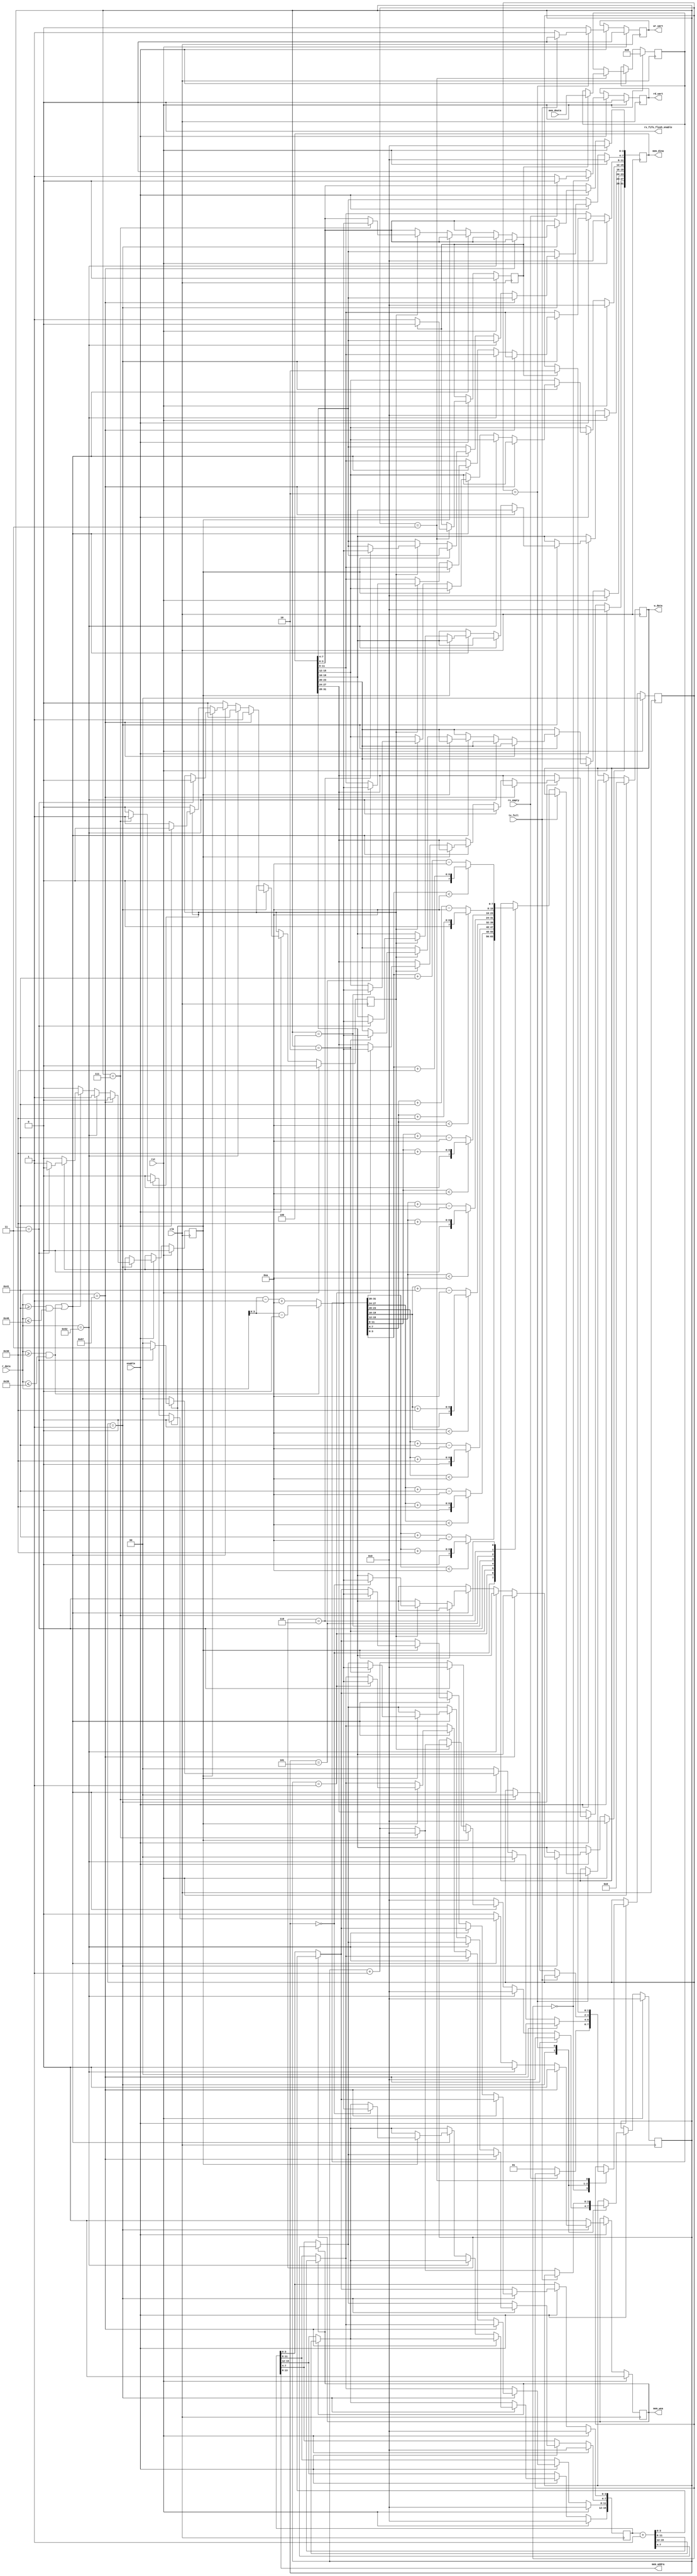
module uart_cp(
    input clk,
	input rst,
    input enable,

	output reg mem_wea,
	output [13:0] mem_addra,
	output reg [31:0] mem_dina,
	input [31:0] mem_douta,

	// uart signals
	output rx_fifo_flush_enable,
	output reg rd_uart,
	output reg wr_uart,
	output reg [7:0] w_data,
	input tx_full,
	input rx_empty,
	input [7:0] r_data
    );

    localparam STATE_WAIT_RX = 2'b00;
    localparam STATE_READ_RX = 2'b01;
    localparam STATE_WRITE_TX = 2'b10;
    localparam STATE_READ_MEM = 2'b11;

    localparam CHAR_W = 8'h57;
    localparam CHAR_R = 8'h52;
    localparam CHAR_0 = 8'h30;
    localparam CHAR_9 = 8'h39;
    localparam CHAR_A = 8'h41;
    localparam CHAR_F = 8'h46;

    reg [1:0] state;

    reg command_read;
    reg command_write;

    reg obtained_mem_data;

    reg [3:0] byte_count;

    reg [15:0] addr_pointer;

    reg [31:0] data_to_send;

    assign rx_fifo_flush_enable = 1'b0;

    assign mem_addra = addr_pointer[13:0];

    always @(posedge clk) begin
        if (rst) begin
            mem_wea <= 1'b0;
            mem_dina <= 0;

            rd_uart <= 1'b0;
            wr_uart <= 1'b0;
            w_data <= 8'b0;

            state <= STATE_WAIT_RX;

            command_read <= 1'b0;
            command_write <= 1'b0;

            obtained_mem_data <= 1'b0;

            byte_count <= 4'b0;

            addr_pointer <= 0;

            data_to_send <= 0;
        end
        else begin
            if (enable) begin
                rd_uart <= 1'b0;
                wr_uart <= 1'b0;

                mem_wea <= 1'b0;

                if (mem_wea) addr_pointer <= addr_pointer + 1;

                case (state)
                    STATE_WAIT_RX: begin
                        if (~rx_empty) begin
                            rd_uart <= 1'b1;

                            state <= STATE_READ_RX;
                        end
                    end
                    STATE_READ_RX: begin
                        state <= STATE_WAIT_RX;

                        if (r_data == CHAR_W) begin
                            command_read <= 1'b0;
                            command_write <= 1'b1;

                            byte_count <= 4'h0;
                        end
                        else if (r_data == CHAR_R) begin
                            command_read <= 1'b1;
                            command_write <= 1'b0;

                            byte_count <= 4'h0;
                        end
                        else if ((r_data >= CHAR_0 && r_data <= CHAR_9) || (r_data >= CHAR_A && r_data <= CHAR_F)) begin
                            if (command_read) begin
                                case (byte_count)
                                    4'h0: addr_pointer[15:12] <= (r_data >= CHAR_0 && r_data <= CHAR_9) ? r_data - CHAR_0 : r_data - CHAR_A + 10;
                                    4'h1: addr_pointer[11:8] <= (r_data >= CHAR_0 && r_data <= CHAR_9) ? r_data - CHAR_0 : r_data - CHAR_A + 10;
                                    4'h2: addr_pointer[7:4] <= (r_data >= CHAR_0 && r_data <= CHAR_9) ? r_data - CHAR_0 : r_data - CHAR_A + 10;
                                    4'h3: addr_pointer[3:0] <= (r_data >= CHAR_0 && r_data <= CHAR_9) ? r_data - CHAR_0 : r_data - CHAR_A + 10;
                                endcase

                                if (byte_count == 4'h3) begin
                                    command_read <= 1'b0;
                                    command_write <= 1'b0;

                                    byte_count <= 4'h0;

                                    state <= STATE_READ_MEM;
                                end
                                else byte_count <= byte_count + 1;
                            end
                            else if (command_write) begin
                                case (byte_count)
                                    4'h0: mem_dina[31:28] <= (r_data >= CHAR_0 && r_data <= CHAR_9) ? r_data - CHAR_0 : r_data - CHAR_A + 10;
                                    4'h1: mem_dina[27:24] <= (r_data >= CHAR_0 && r_data <= CHAR_9) ? r_data - CHAR_0 : r_data - CHAR_A + 10;
                                    4'h2: mem_dina[23:20] <= (r_data >= CHAR_0 && r_data <= CHAR_9) ? r_data - CHAR_0 : r_data - CHAR_A + 10;
                                    4'h3: mem_dina[19:16] <= (r_data >= CHAR_0 && r_data <= CHAR_9) ? r_data - CHAR_0 : r_data - CHAR_A + 10;
                                    4'h4: mem_dina[15:12] <= (r_data >= CHAR_0 && r_data <= CHAR_9) ? r_data - CHAR_0 : r_data - CHAR_A + 10;
                                    4'h5: mem_dina[11:8] <= (r_data >= CHAR_0 && r_data <= CHAR_9) ? r_data - CHAR_0 : r_data - CHAR_A + 10;
                                    4'h6: mem_dina[7:4] <= (r_data >= CHAR_0 && r_data <= CHAR_9) ? r_data - CHAR_0 : r_data - CHAR_A + 10;
                                    4'h7: mem_dina[3:0] <= (r_data >= CHAR_0 && r_data <= CHAR_9) ? r_data - CHAR_0 : r_data - CHAR_A + 10;
                                endcase

                                if (byte_count == 4'h7) begin
                                    command_read <= 1'b0;
                                    command_write <= 1'b0;

                                    byte_count <= 4'h0;

                                    mem_wea <= 1'b1;
                                end
                                else byte_count <= byte_count + 1;
                            end
                        end
                        else begin
                            command_read <= 1'b0;
                            command_write <= 1'b0;

                            byte_count <= 4'h0;
                        end
                    end
                    STATE_WRITE_TX: begin
                        if (~tx_full) begin
                            case (byte_count)
                                4'h0: w_data <= (data_to_send[31:28] < 10) ? data_to_send[31:28] + CHAR_0 : data_to_send[31:28] + CHAR_A - 10;
                                4'h1: w_data <= (data_to_send[27:24] < 10) ? data_to_send[27:24] + CHAR_0 : data_to_send[27:24] + CHAR_A - 10;
                                4'h2: w_data <= (data_to_send[23:20] < 10) ? data_to_send[23:20] + CHAR_0 : data_to_send[23:20] + CHAR_A - 10;
                                4'h3: w_data <= (data_to_send[19:16] < 10) ? data_to_send[19:16] + CHAR_0 : data_to_send[19:16] + CHAR_A - 10;
                                4'h4: w_data <= (data_to_send[15:12] < 10) ? data_to_send[15:12] + CHAR_0 : data_to_send[15:12] + CHAR_A - 10;
                                4'h5: w_data <= (data_to_send[11:8] < 10) ? data_to_send[11:8] + CHAR_0 : data_to_send[11:8] + CHAR_A - 10;
                                4'h6: w_data <= (data_to_send[7:4] < 10) ? data_to_send[7:4] + CHAR_0 : data_to_send[7:4] + CHAR_A - 10;
                                4'h7: w_data <= (data_to_send[3:0] < 10) ? data_to_send[3:0] + CHAR_0 : data_to_send[3:0] + CHAR_A - 10;
                            endcase

                            wr_uart <= 1'b1;

                            if (byte_count == 4'h7) begin
                                byte_count <= 4'h0;

                                state <= STATE_WAIT_RX;
                            end
                            else byte_count <= byte_count + 1;
                        end
                    end
                    STATE_READ_MEM: begin
                        if (~obtained_mem_data) obtained_mem_data <= 1'b1;
                        else begin
                        data_to_send <= mem_douta;

                        obtained_mem_data <= 1'b0;

                        state <= STATE_WRITE_TX;
                        end
                    end

                endcase
            end
        end
    end
endmodule